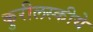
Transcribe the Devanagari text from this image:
कुरीलस्कीये